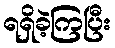
ရရှိခဲ့ကြပြီး